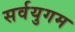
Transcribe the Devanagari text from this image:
सर्वयुगम